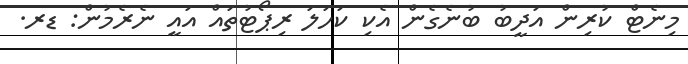
މިނެޓް ކުރިން އަދީބު ބުނެގެން އެކި ކަހަލަ ރިޕޯޓުތައް އައީ ނެރެމުން: ޑރ.